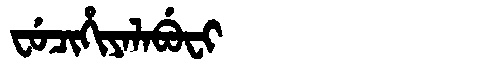
Manchu: ᠸᡠᠴᡳᡥᡳᠶᠠᠯᠠᠪᡠᠸᡳ
Romanization: FUCIHIYALABUFI